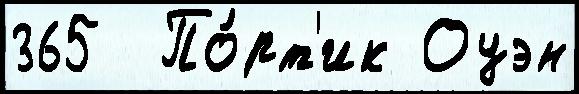
365  По́рт'ик Оуэн